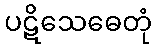
ပဋိသေဓေတုံ